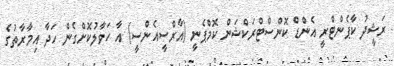
ރަޝީދު ކާޕެންޓްރީ އެންޑް ކޮންސްޓްރަކްޝަން ކޮމްޕެނީ (އާރްސީއެންސީ) އާ ހަވާލުކޮށްގެން ހަދާ އިމާރާތުގެ